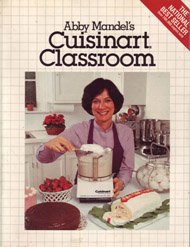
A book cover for Abby Mandel's Cuisinart Classroom; Abby Mandel; Cookbooks, Food & Wine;